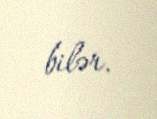
bilər.